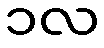
၁လ